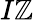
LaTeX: I\mathbb{Z}